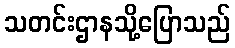
သတင်းဌာနသို့ပြောသည်